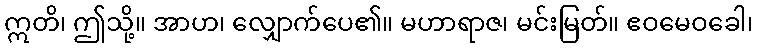
ဣတိ၊ ဤသို့။ အာဟ၊ လျှောက်ပေ၏။ မဟာရာဇ၊ မင်းမြတ်။ ဧဝမေဝခေါ၊